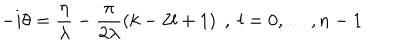
LaTeX: - i \theta = \frac { \eta } { \lambda } - \frac { \pi } { 2 \lambda } \left( k - 2 l + 1 \right) \; , \; l = 0 , \dots , n - 1